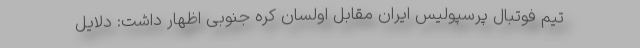
تیم فوتبال پرسپولیس ایران مقابل اولسان کره جنوبی اظهار داشت: دلایل